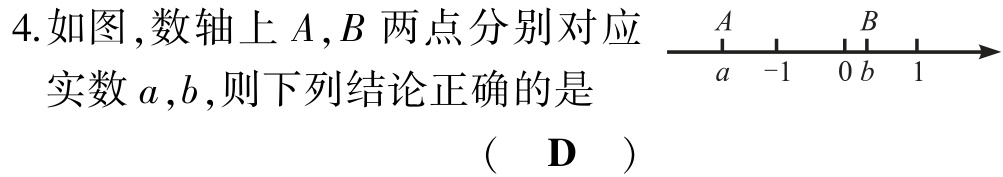
4.如图,数轴上\(A,B\)两点分别对应实数\(a,b\),则下列结论正确的是

( \(\text{D}\) )